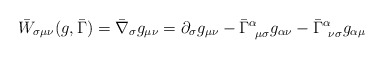
\begin{align*}\bar{W}_{\sigma \mu \nu}(g, \bar{\Gamma})= \bar{\nabla}_\sigma g_{\mu \nu } = \partial_\sigma g_{\mu \nu }- \bar{\Gamma}^\alpha_{~\mu \sigma} g_{\alpha \nu}- \bar{\Gamma}^\alpha_{~\nu \sigma} g_{\alpha \mu}\end{align*}